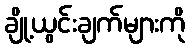
ချို့ယွင်းချက်များကို